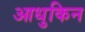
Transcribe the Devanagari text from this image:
आधुकिन